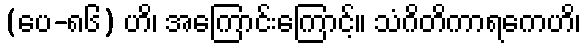
(ပေ-၈၆) ဟိ၊ အကြောင်းကြောင့်။ သံဂိတိကာရကေဟိ၊